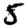
Digit: 5